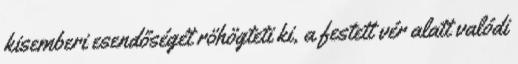
kisemberi esendőségét röhögteti ki, a festett vér alatt valódi